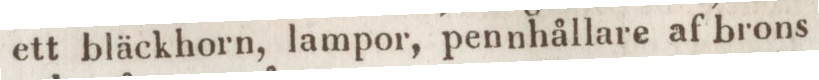
ett bläckhorn, lampor, pennhållare af brons